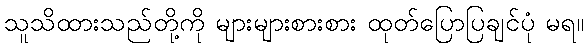
သူသိထားသည်တို့ကို များများစားစား ထုတ်ပြောပြချင်ပုံ မရ။